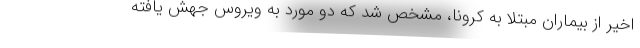
اخیر از بیماران مبتلا به کرونا، مشخص شد که دو مورد به ویروس جهش یافته